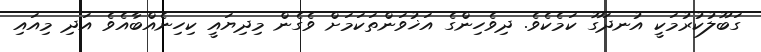
ގަބޫލުކުރުމަކީ އުނދަގޫ ކަމެކެވެ. ދިވެހިންގެ އަޚުވަންތަކަމަށް ވެގެން މިދިޔައީ ކިހިނެއްބާއެވެ އަދި މިއައި